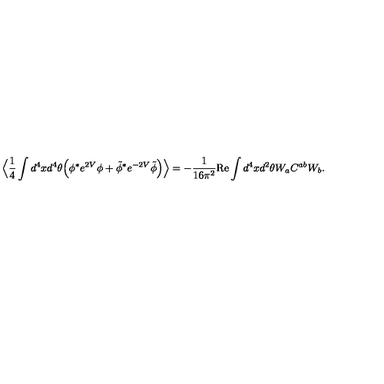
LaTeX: \Big \langle \frac { 1 } { 4 } \int d ^ { 4 } x d ^ { 4 } \theta \Big ( \phi ^ { * } e ^ { 2 V } \phi + \tilde { \phi } ^ { * } e ^ { - 2 V } \tilde { \phi } \Big ) \Big \rangle = - \frac { 1 } { 1 6 \pi ^ { 2 } } \mathrm { R e } \int d ^ { 4 } x d ^ { 2 } \theta W _ { a } C ^ { a b } W _ { b } .